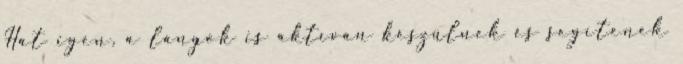
Hát igen, a lányok is aktívan készülnek és segítenek